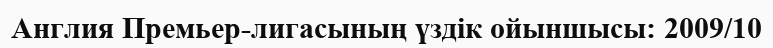
Англия Премьер-лигасының үздік ойыншысы: 2009/10